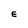
Character: E